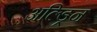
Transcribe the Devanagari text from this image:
अल्ड्रिन